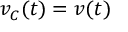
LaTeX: v _ { C } ( t ) = v ( t )